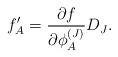
LaTeX: \begin{align*}f'_A=\frac{\partial f}{\partial\phi^{(J)}_A}D_J.\end{align*}